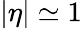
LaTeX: |\eta|\simeq 1